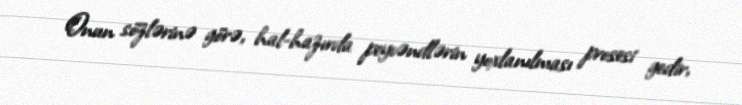
Onun sözlərinə görə, hal-hazırda peyvəndlərin yoxlanılması prosesi gedir,